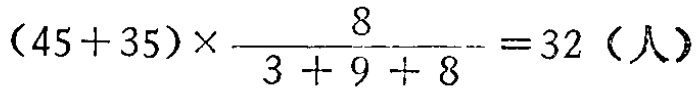
\((45 + 35)\times\frac{8}{3 + 9 + 8}=32（人）\)